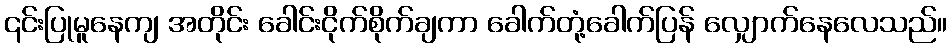
၎င်းပြုမူနေကျ အတိုင်း ခေါင်းငိုက်စိုက်ချကာ ခေါက်တုံ့ခေါက်ပြန် လျှောက်နေလေသည်။